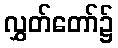
လွှတ်တော်၌